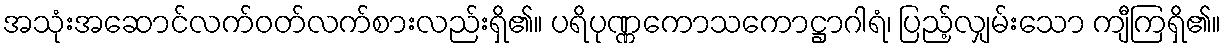
အသုံးအဆောင်လက်ဝတ်လက်စားလည်းရှိ၏။ ပရိပုဏ္ဏကောသကောဋ္ဌာဂါရံ၊ ပြည့်လျှမ်းသော ကျီကြရှိ၏။